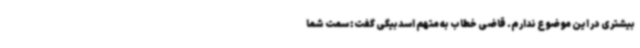
بیشتری در این موضوع ندارم. قاضی خطاب به متهم اسدبیگی گفت: سمت شما